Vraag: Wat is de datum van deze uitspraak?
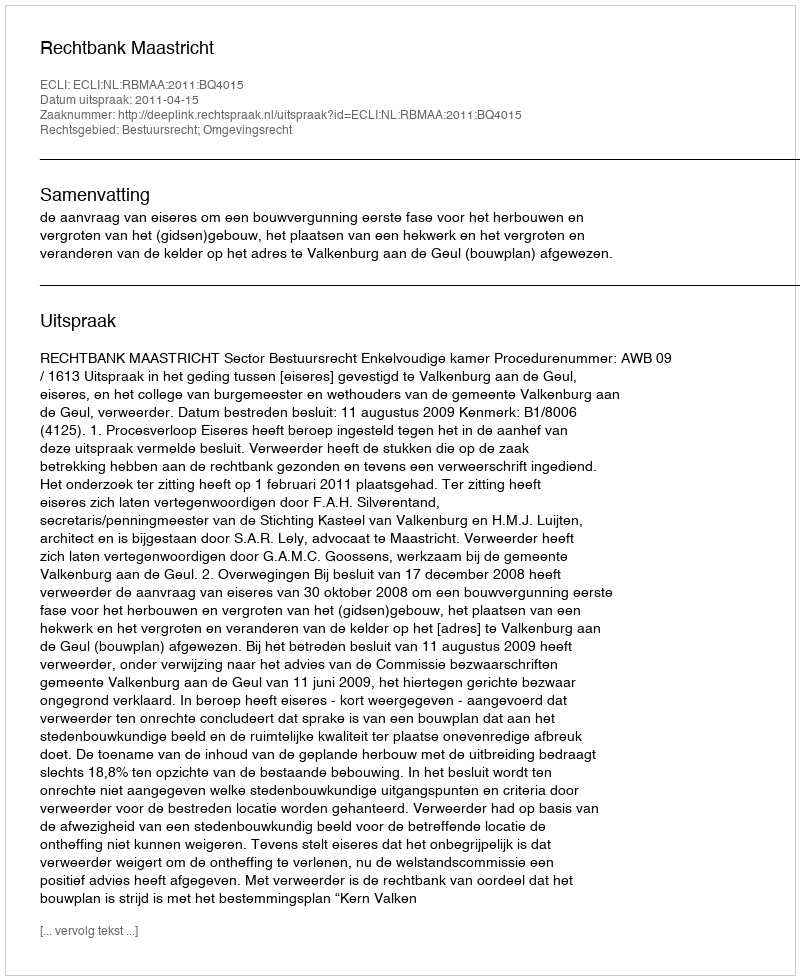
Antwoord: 2011-04-15